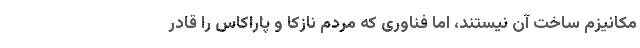
مکانیزم ساخت آن نیستند، اما فناوری که مردم نازکا و پاراکاس را قادر